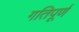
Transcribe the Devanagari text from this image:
गतिपूर्ण